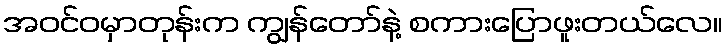
အဝင်ဝမှာတုန်းက ကျွန်တော်နဲ့ စကားပြောဖူးတယ်လေ။